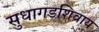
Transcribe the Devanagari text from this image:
सुधागडशिवाय